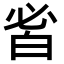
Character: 𤽣